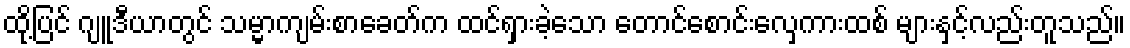
ထို့ပြင် ဂျူဒီယာတွင် သမ္မာကျမ်းစာခေတ်က ထင်ရှားခဲ့သော တောင်စောင်းလှေကားထစ် များနှင့်လည်းတူသည်။